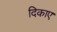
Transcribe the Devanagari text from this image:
दिकाए